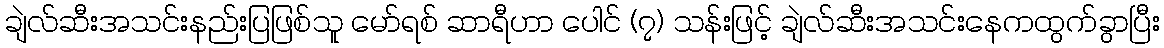
ချဲလ်ဆီးအသင်းနည်းပြဖြစ်သူ မော်ရစ် ဆာရီဟာ ပေါင် (၇) သန်းဖြင့် ချဲလ်ဆီးအသင်းနေကထွက်ခွာပြီး